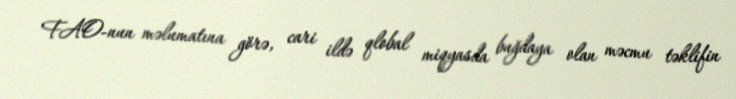
FAO-nun məlumatına görə, cari ildə qlobal miqyasda buğdaya olan məcmu təklifin